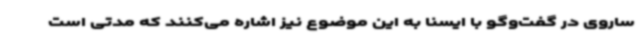
ساروی در گفت‌وگو با ایسنا به این موضوع نیز اشاره می‌کنند که مدتی است